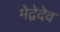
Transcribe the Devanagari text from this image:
मेद्वेदेव